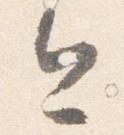
今